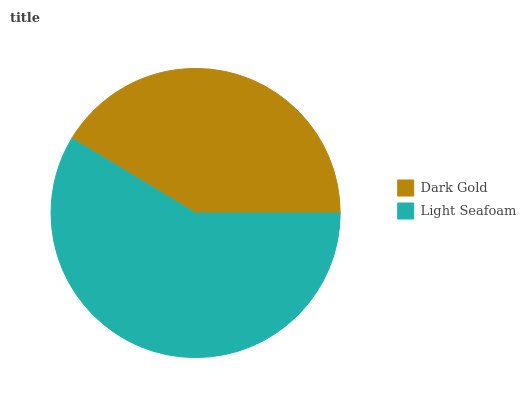
| Dark Gold | Light Seafoam |
 | --- | --- |
 | 41.3% | 58.7% |